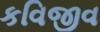
કવિજીવ